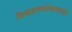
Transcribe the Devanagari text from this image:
मिथाइलकोबालामीन